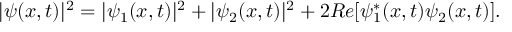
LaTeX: | \psi ( x , t ) | ^ { 2 } = | \psi _ { 1 } ( x , t ) | ^ { 2 } + | \psi _ { 2 } ( x , t ) | ^ { 2 } + 2 R e [ \psi _ { 1 } ^ { * } ( x , t ) \psi _ { 2 } ( x , t ) ] .